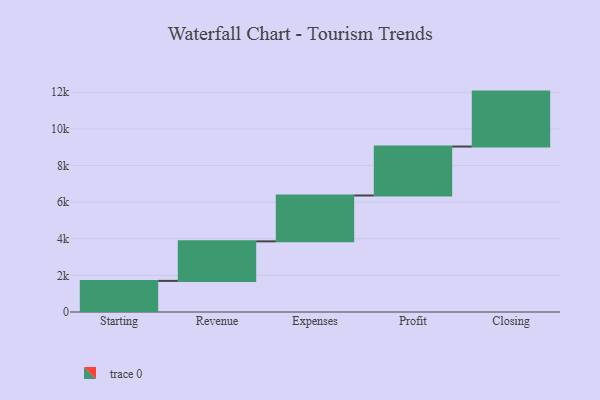
{"axis": {"x": "Step", "y": "Value"}, "legend": [""], "data": [{"x": "Starting", "y": 1699.0, "type": ""}, {"x": "Revenue", "y": 2159.0, "type": ""}, {"x": "Expenses", "y": 2504.0, "type": ""}, {"x": "Profit", "y": 2673.0, "type": ""}, {"x": "Closing", "y": 3000, "type": ""}]}